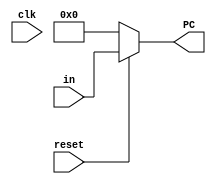
`timescale 1ns / 1ps
//////////////////////////////////////////////////////////////////////////////////
// Company: 
// Engineer: 
// 
// Design Name: 
// Module Name: PC
// Project Name: 
// Target Devices: 
// Tool Versions: 
// Description: 
// 
// Dependencies: 
// 
// Revision:
// Revision 0.01 - File Created
// Additional Comments:
// 
//////////////////////////////////////////////////////////////////////////////////


module PC(
    input clk,
    input reset,
    input [31:0] in,
    output [31:0] PC
    );

assign PC = reset ? in: 0;   
    
endmodule